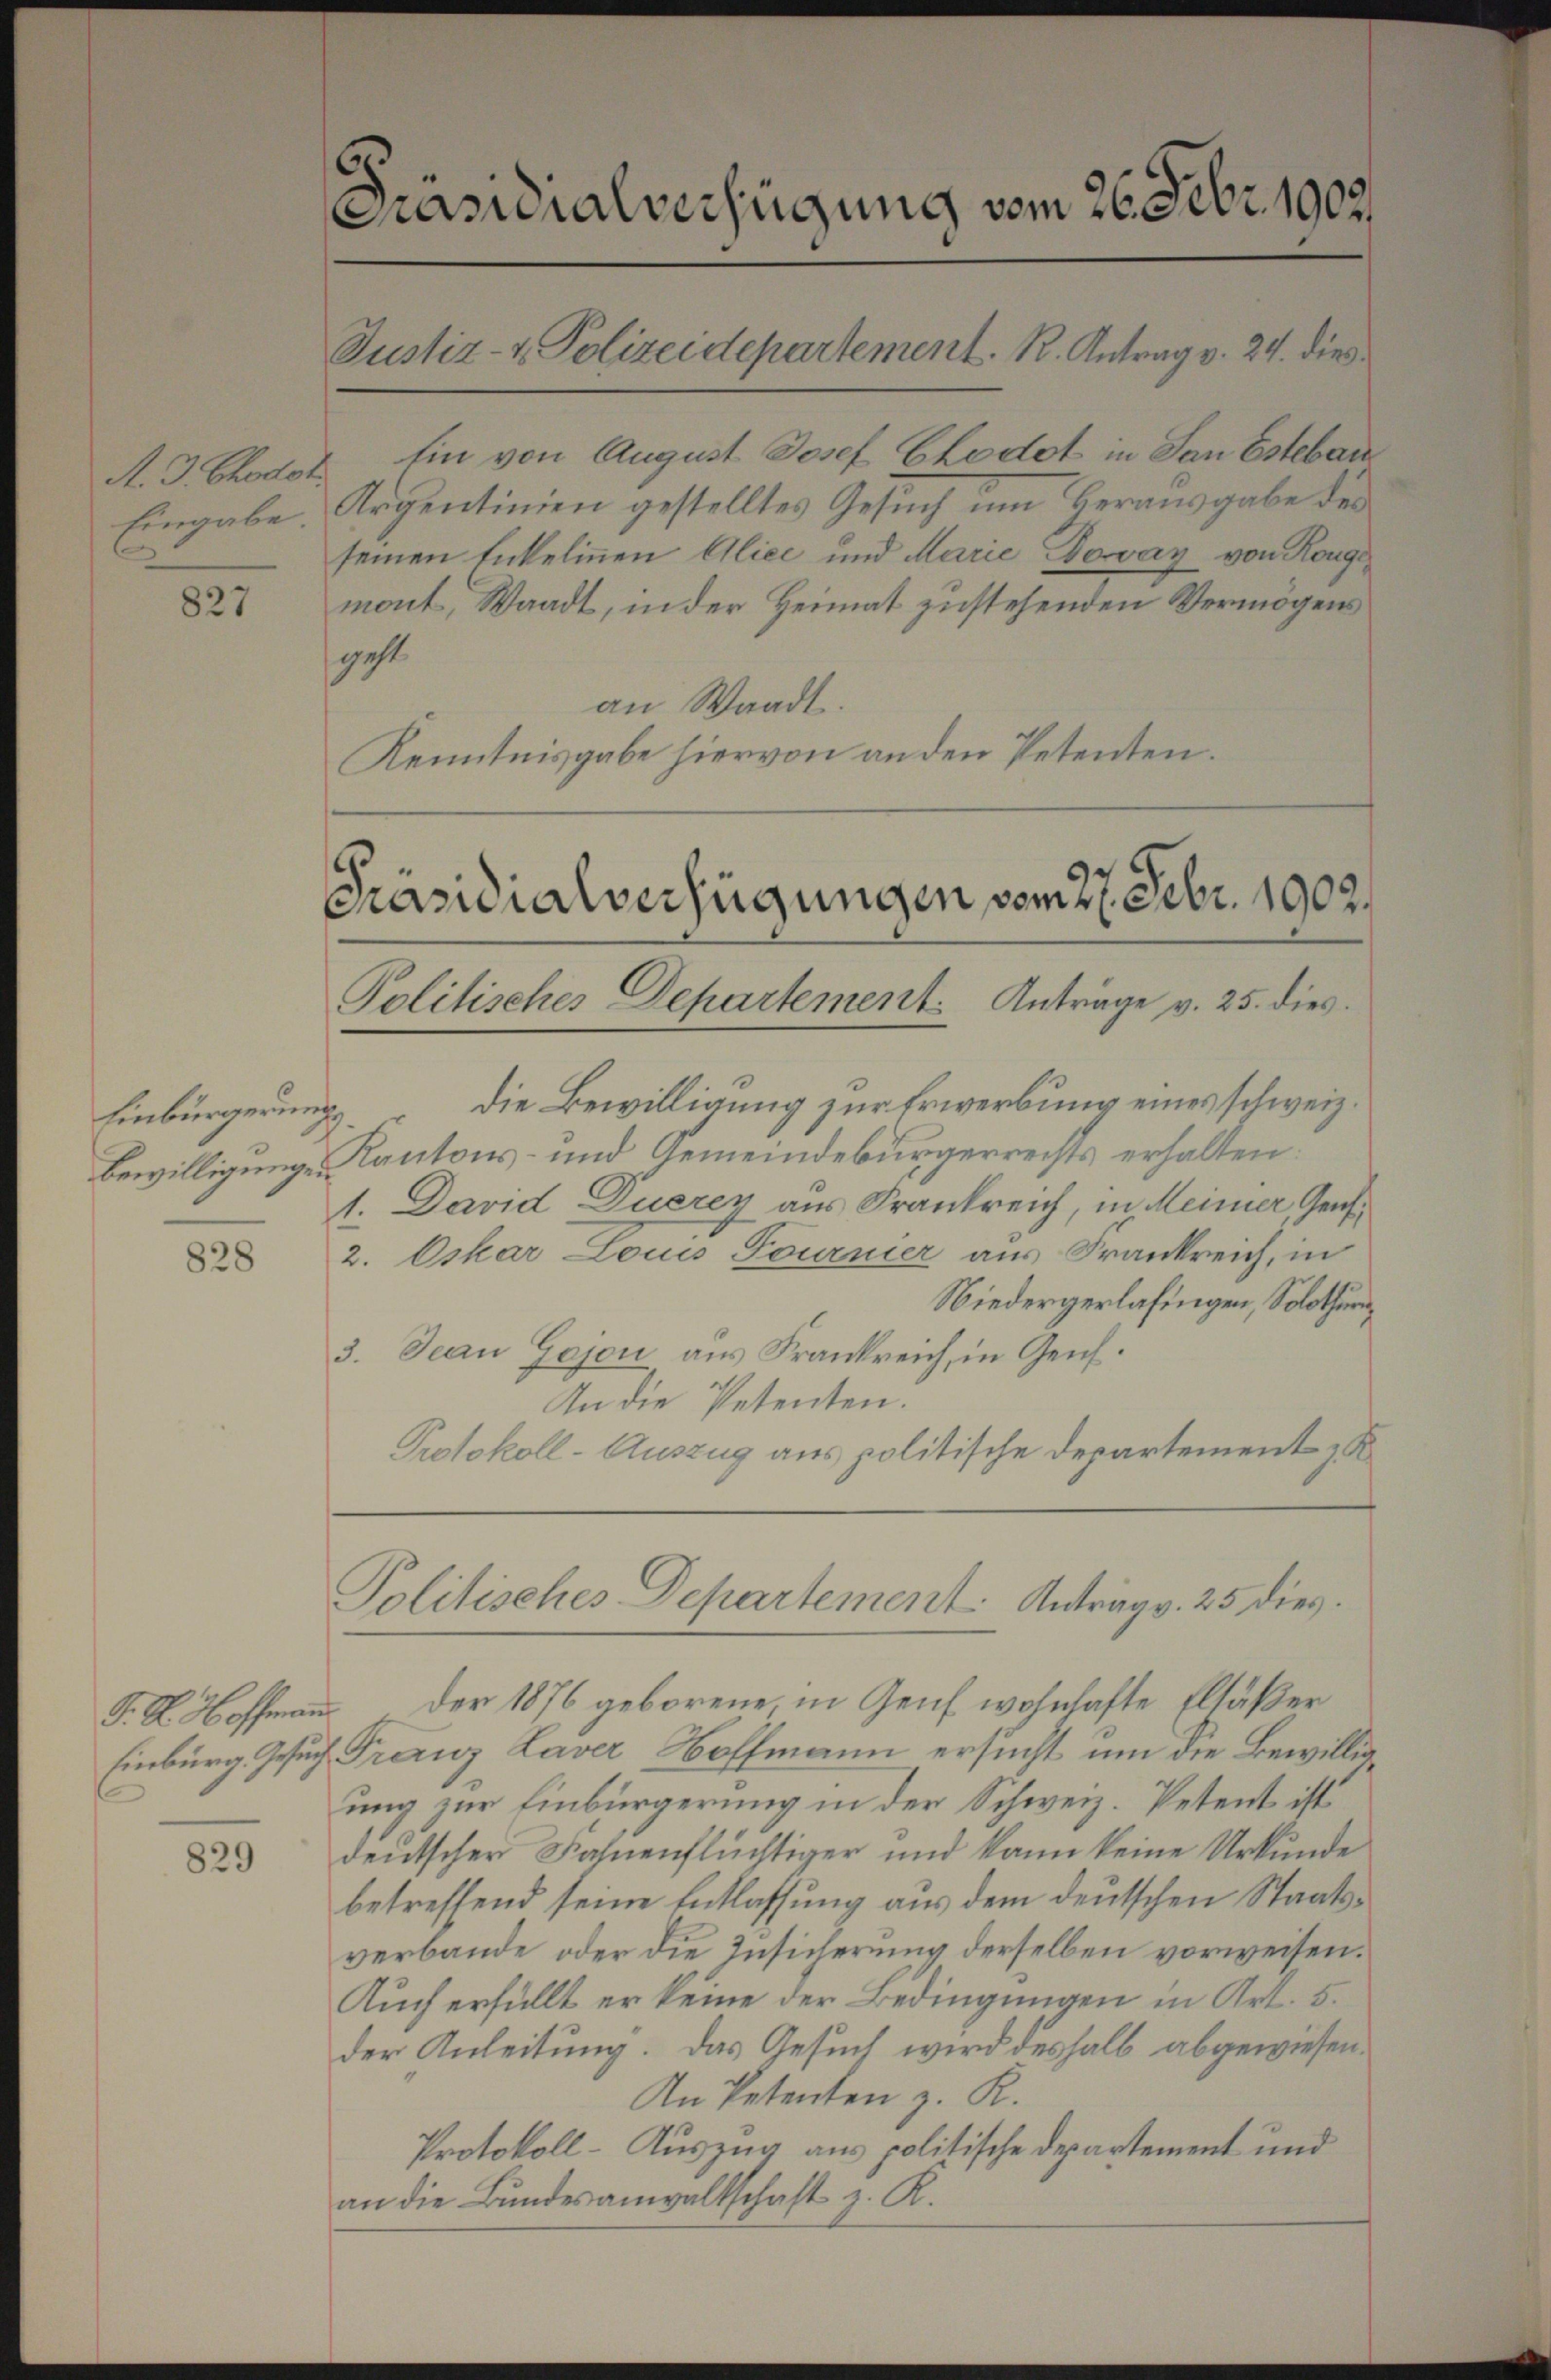
A. 3. Chodot
Eingabe.

827

Einbürgerung
Bewilligungen

828

829

6
Präsidialverfügung vom 26. Febr. 1902.

Justiz- & Polizeidepartement. R. Antrag v. 24. dies

Ein von August Josef Chodot in San Esteban
Argentinien gestelltes Gesuch im Herausgabe des
seinen Enkelinnen Alice und Marie Dovar von Kong
mont, Waadt, in der Heimat zustehenden Vermögens
geht
an Waadt.
Kenntnisgabe hiervon an den Petenten.

Präsidialverfügungen vom 27. Febr. 1902.
Politisches Departement. Anträge v. 25. dies

die Bewilligung zur Erwerbung eines schweiz.
Kantons- und Gemeindebürgerrechts erhalten:
1. David Duerey aus Frankreich, in Meiner, Genf¬
2. Oskar Louis Tournier aus Frankreich, in
Niedergerlasingen, Solothur,
3. Jean Gojou aus Frankreich, in Genf.
In die Petenten.
Protokoll-Auszug aus politische Departement zu

J. K. Hoffmann. Der 1876 geborene, in Genf wohnhafte Elsäßer
Einburg. Gesuch Franz Laver Hoffmann ersucht um die Bewilligung zur Einbürgerung in der Schweiz. Petent ist
deutscher Fahnenflüchtiger und kann keine Urkunde
betreffend seine Entlassung aus dem deutschen Staatsverbande oder die Zusicherung derselben vorweisen.
Auch erfüllt er keine der Bedingungen in Art. 5.
der Anleitung. Das Gesuch wird deshalb abgewiesen.
An Petenten z. R.
Protokoll-Auszug aus politische Departement und
an die Bundesanwaltschaft z. R.

Politisches Departement. Antrag v. 25 dies¬